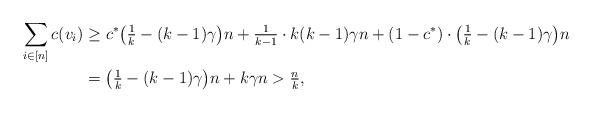
LaTeX: \begin{align*}\sum_{i\in[n]}c(v_i)&\ge c^*\big(\tfrac{1}{k}-(k-1)\gamma\big)n+\tfrac{1}{k-1}\cdot k(k-1)\gamma n+(1-c^*) \cdot \big(\tfrac{1}{k} - (k-1)\gamma \big)n\\&=\big(\tfrac{1}{k} -(k-1)\gamma\big)n + k\gamma n >\tfrac{n}{k},\end{align*}